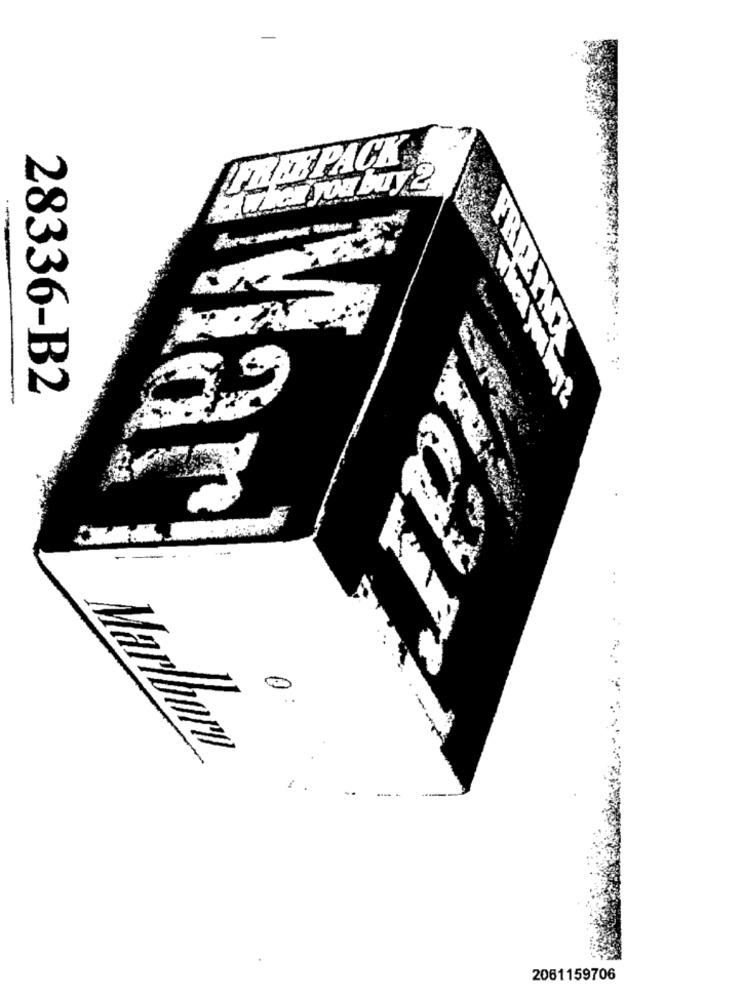
LAM PACK
ER
28336-B2
-
Marlonry
2061159706